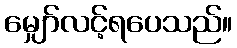
မျှော်လင့်ရပေသည်။